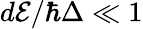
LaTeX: d\mathcal{E}/\hbar\Delta\ll 1